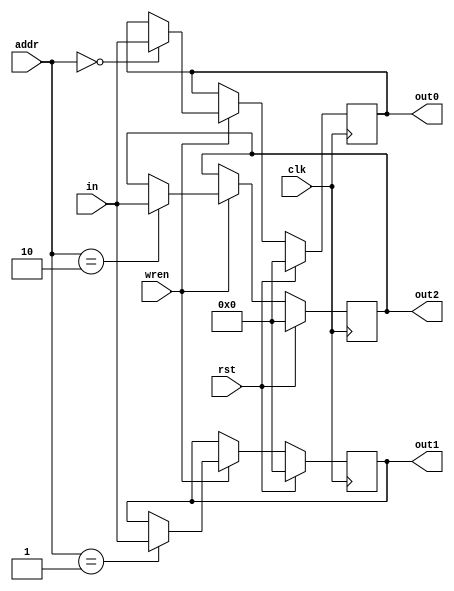
module output_module(
        in, addr, wren, out0, out1, out2,
        rst, clk);
   input [15:0] in;
   input [1:0] addr;
   output reg [15:0] out0, out1, out2;
   input rst, wren, clk;
   
   always @(posedge clk)
   begin
     if (rst)
     begin
       out0 <= 16'd0;
       out1 <= 16'd0;
       out2 <= 16'd0;
     end       
     else if (wren)
     begin
       if(addr == 2'd0) out0 <= in;
       if(addr == 2'd1) out1 <= in;
       if(addr == 2'd2) out2 <= in;
     end
   end
endmodule